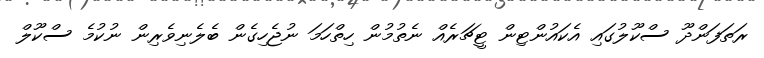
ރަތަފަންދޫ ސްކޫލުގައި އެކައުންޓިން ޓީޗަރެއް ނެތުމުން ހިތްހަމަ ނުޖެހިގެން ބެލެނިވެރިން ނުކުމެ ސްކޫލް